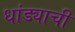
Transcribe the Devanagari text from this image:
धांड्याची